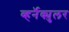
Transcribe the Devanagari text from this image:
व्हर्नॅक्युलर